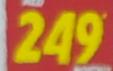
249